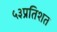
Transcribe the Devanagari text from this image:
५३प्रतिशत